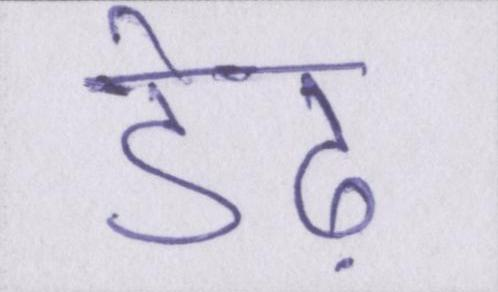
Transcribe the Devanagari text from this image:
डेढ़